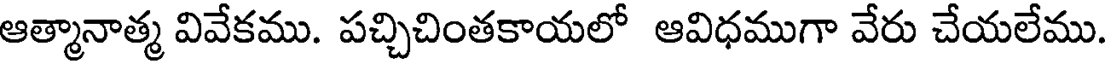
ఆత్మానాత్మ వివేకము. పచ్చిచింతకాయలో ఆవిధముగా వేరు చేయలేము.